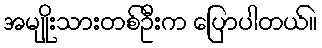
အမျိုးသားတစ်ဦးက ပြောပါတယ်။